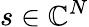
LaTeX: s\in\mathbb{C}^{N}